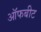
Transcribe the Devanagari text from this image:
ऑफबीट